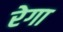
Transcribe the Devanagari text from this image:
रेगा